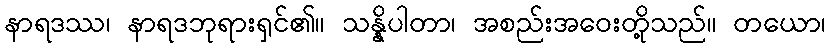
နာရဒဿ၊ နာရဒဘုရားရှင်၏။ သန္နိပါတာ၊ အစည်းအဝေးတို့သည်။ တယော၊